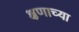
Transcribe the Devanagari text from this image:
क्षणाच्या